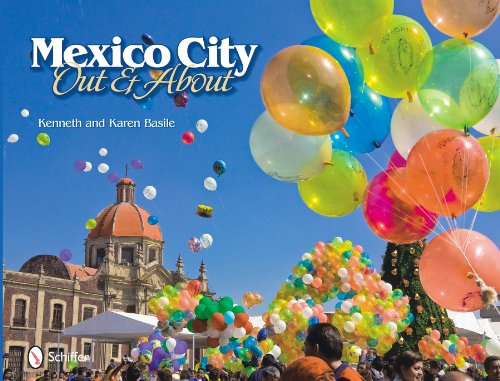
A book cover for Mexico City Out and About; Karen Basile; Travel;